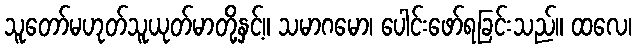
သူတော်မဟုတ်သူယုတ်မာတို့နှင့်။ သမာဂမော၊ ပေါင်းဖော်ရခြင်းသည်။ ထလေ၊